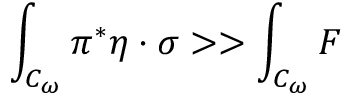
\int _ { { \cal { C } } _ { \omega } } { \pi ^ { * } \eta \cdot \sigma } > > \int _ { { \cal { C } } _ { \omega } } { F }